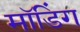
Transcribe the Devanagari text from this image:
मॉडिंग